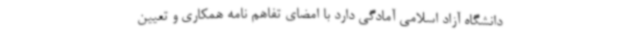
دانشگاه آزاد اسلامی آمادگی دارد با امضای تفاهم نامه همکاری و تعیین